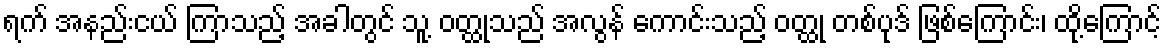
ရက် အနည်းငယ် ကြာသည့် အခါတွင် သူ့ ဝတ္ထုသည် အလွန် ကောင်းသည့် ဝတ္ထု တစ်ပုဒ် ဖြစ်ကြောင်း၊ ထို့ကြောင့်